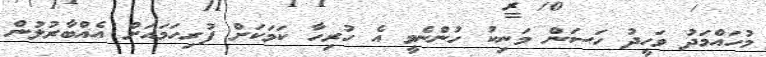
މުހައްމަދު ވަހީދު ހަސަން މަނިކު ހުންނެވީ އެ ހުރިހާ ކަމަކަށް ފުރިހަމައަށް އެއްބާރުލުން